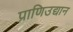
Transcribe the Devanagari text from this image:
प्राणिउद्यान